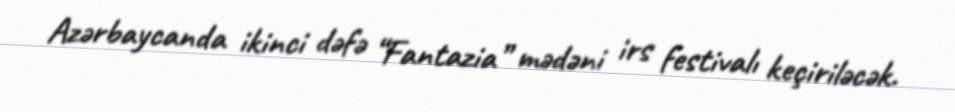
Azərbaycanda ikinci dəfə “Fantazia” mədəni irs festivalı keçiriləcək.